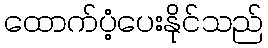
ထောက်ပံ့ပေးနိုင်သည်